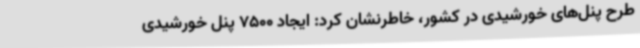
طرح پنل‌های خورشیدی در کشور، خاطرنشان کرد: ایجاد 7500 پنل خورشیدی